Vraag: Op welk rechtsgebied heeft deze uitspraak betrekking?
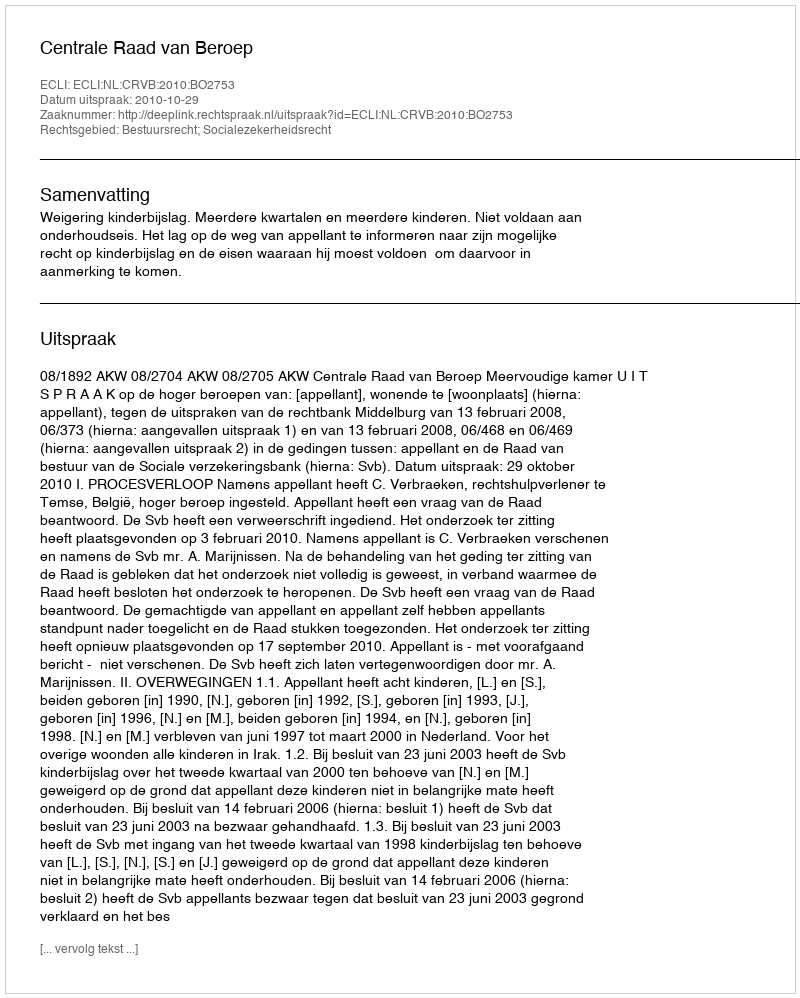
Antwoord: Bestuursrecht; Socialezekerheidsrecht